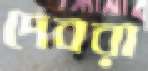
দেবরা